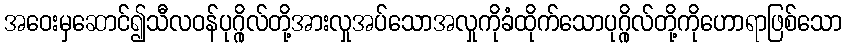
အဝေးမှဆောင်၍သီလဝန်ပုဂ္ဂိုလ်တို့အားလှုအပ်သောအလှုကိုခံထိုက်သောပုဂ္ဂိုလ်တို့ကိုဟောရာဖြစ်သော